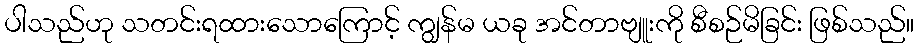
ပါသည်ဟု သတင်းရထားသောကြောင့် ကျွန်မ ယခု အင်တာဗျူးကို စီစဉ်မိခြင်း ဖြစ်သည်။